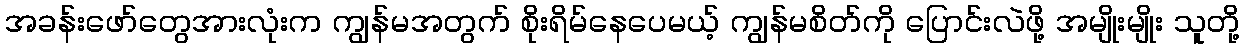
အခန်းဖော်တွေအားလုံးက ကျွန်မအတွက် စိုးရိမ်နေပေမယ့် ကျွန်မစိတ်ကို ပြောင်းလဲဖို့ အမျိုးမျိုး သူတို့